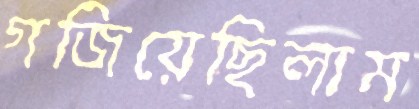
গজিয়েছিলাম